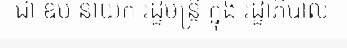
ជា ឧប នាយក រដ្ឋមន្ត្រី ក្នុង រដ្ឋាភិបាល